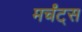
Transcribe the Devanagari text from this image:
मर्चंट्‌स